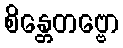
စိန္တေတဗ္ဗော